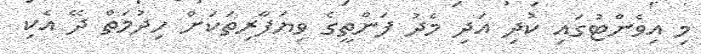
މި އިވެންޓުގައި ކުދި އަދި މެދު ފަންތީގެ ވިޔަފާރިތަކަށް ހިދުމަތް ދޭ އެކި